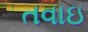
તવાઇ